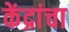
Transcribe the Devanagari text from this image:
केंद्रांचा